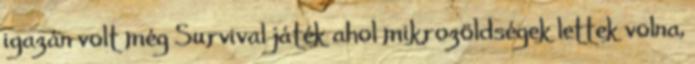
igazán volt még Survival játék ahol mikrozöldségek lettek volna,